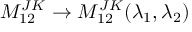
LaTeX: M _ { 1 2 } ^ { J K } \rightarrow M _ { 1 2 } ^ { J K } ( \lambda _ { 1 } , \lambda _ { 2 } )